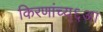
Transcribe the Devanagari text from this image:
किरणांच्य्६आ